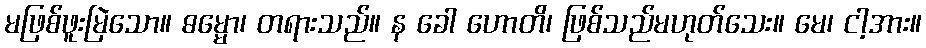
မဖြစ်ဖူးမြဲသော။ ဓမ္မော၊ တရားသည်။ န ခေါ ဟောတိ၊ ဖြစ်သည်မဟုတ်သေး။ မေ၊ ငါ့အား။